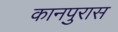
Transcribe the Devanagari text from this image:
कानपुरास